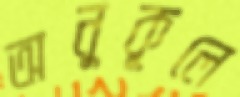
অনুকূলে